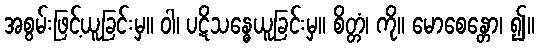
အစွမ်းဖြင့်ယူခြင်းမှ။ ဝါ၊ ပဋိသန္ဓေယူခြင်းမှ။ စိတ္တံ၊ ကို။ မောစေန္တော၊ ၍။